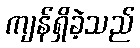
ကျန်ရှိခဲ့သည်